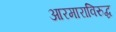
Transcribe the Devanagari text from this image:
आरमाराविरुद्ध